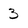
Character: 3